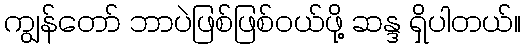
ကျွန်တော် ဘာပဲဖြစ်ဖြစ်ဝယ်ဖို့ ဆန္ဒ ရှိပါတယ်။